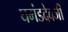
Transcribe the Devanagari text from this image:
घमंडदेवजी